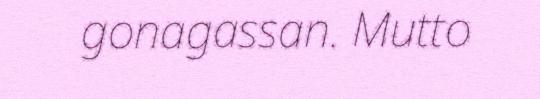
gonagassan. Mutto